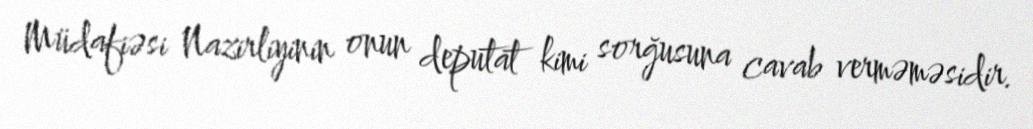
Müdafiəsi Nazirliyinin onun deputat kimi sorğusuna cavab verməməsidir.